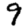
Digit: 9